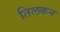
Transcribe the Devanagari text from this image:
तिलकन